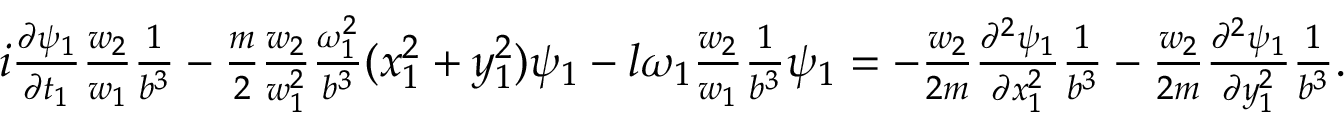
\begin{array} { r } { i \frac { \partial \psi _ { 1 } } { \partial t _ { 1 } } \frac { w _ { 2 } } { w _ { 1 } } \frac { 1 } { b ^ { 3 } } - \frac { m } { 2 } \frac { w _ { 2 } } { w _ { 1 } ^ { 2 } } \frac { \omega _ { 1 } ^ { 2 } } { b ^ { 3 } } ( x _ { 1 } ^ { 2 } + y _ { 1 } ^ { 2 } ) \psi _ { 1 } - l \omega _ { 1 } \frac { w _ { 2 } } { w _ { 1 } } \frac { 1 } { b ^ { 3 } } \psi _ { 1 } = - \frac { w _ { 2 } } { 2 m } \frac { \partial ^ { 2 } \psi _ { 1 } } { \partial x _ { 1 } ^ { 2 } } \frac { 1 } { b ^ { 3 } } - \frac { w _ { 2 } } { 2 m } \frac { \partial ^ { 2 } \psi _ { 1 } } { \partial y _ { 1 } ^ { 2 } } \frac { 1 } { b ^ { 3 } } . } \end{array}